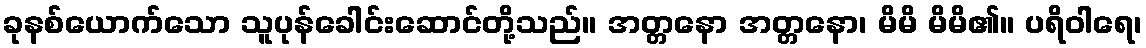
ခုနစ်ယောက်သော သူပုန်ခေါင်းဆောင်တို့သည်။ အတ္တနော အတ္တနော၊ မိမိ မိမိ၏။ ပရိဝါရေ၊